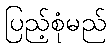
ပြည့်စုံမည်